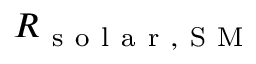
R _ { \mathrm { ~ s ~ o ~ l ~ a ~ r ~ , ~ S ~ M ~ } }